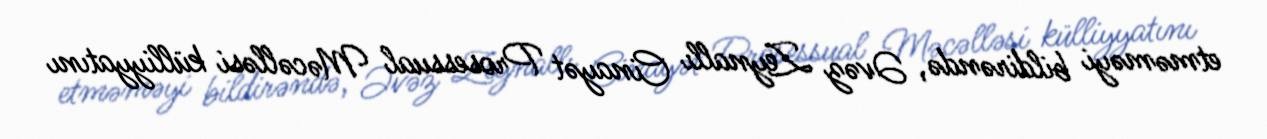
etməməyi bildirəndə, Əvəz Zeynallı Cinayət Prosessual Məcəlləsi külliyyatını